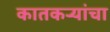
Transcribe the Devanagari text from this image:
कातकऱ्यांचा